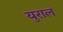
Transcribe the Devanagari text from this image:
युराल